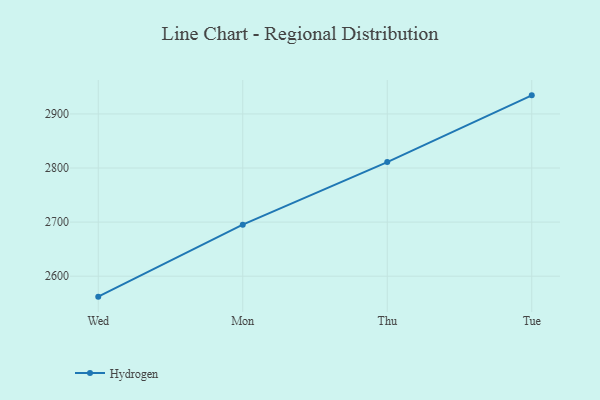
{"axis": {"x": "Day", "y": "Budget (USD K)"}, "legend": ["Hydrogen"], "data": [{"x": "Wed", "y": 2562.2, "type": "Hydrogen"}, {"x": "Mon", "y": 2695.2, "type": "Hydrogen"}, {"x": "Thu", "y": 2810.9, "type": "Hydrogen"}, {"x": "Tue", "y": 2934.3, "type": "Hydrogen"}]}